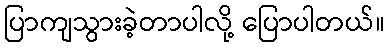
ပြာကျသွားခဲ့တာပါလို့ ပြောပါတယ်။